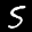
Label: 5